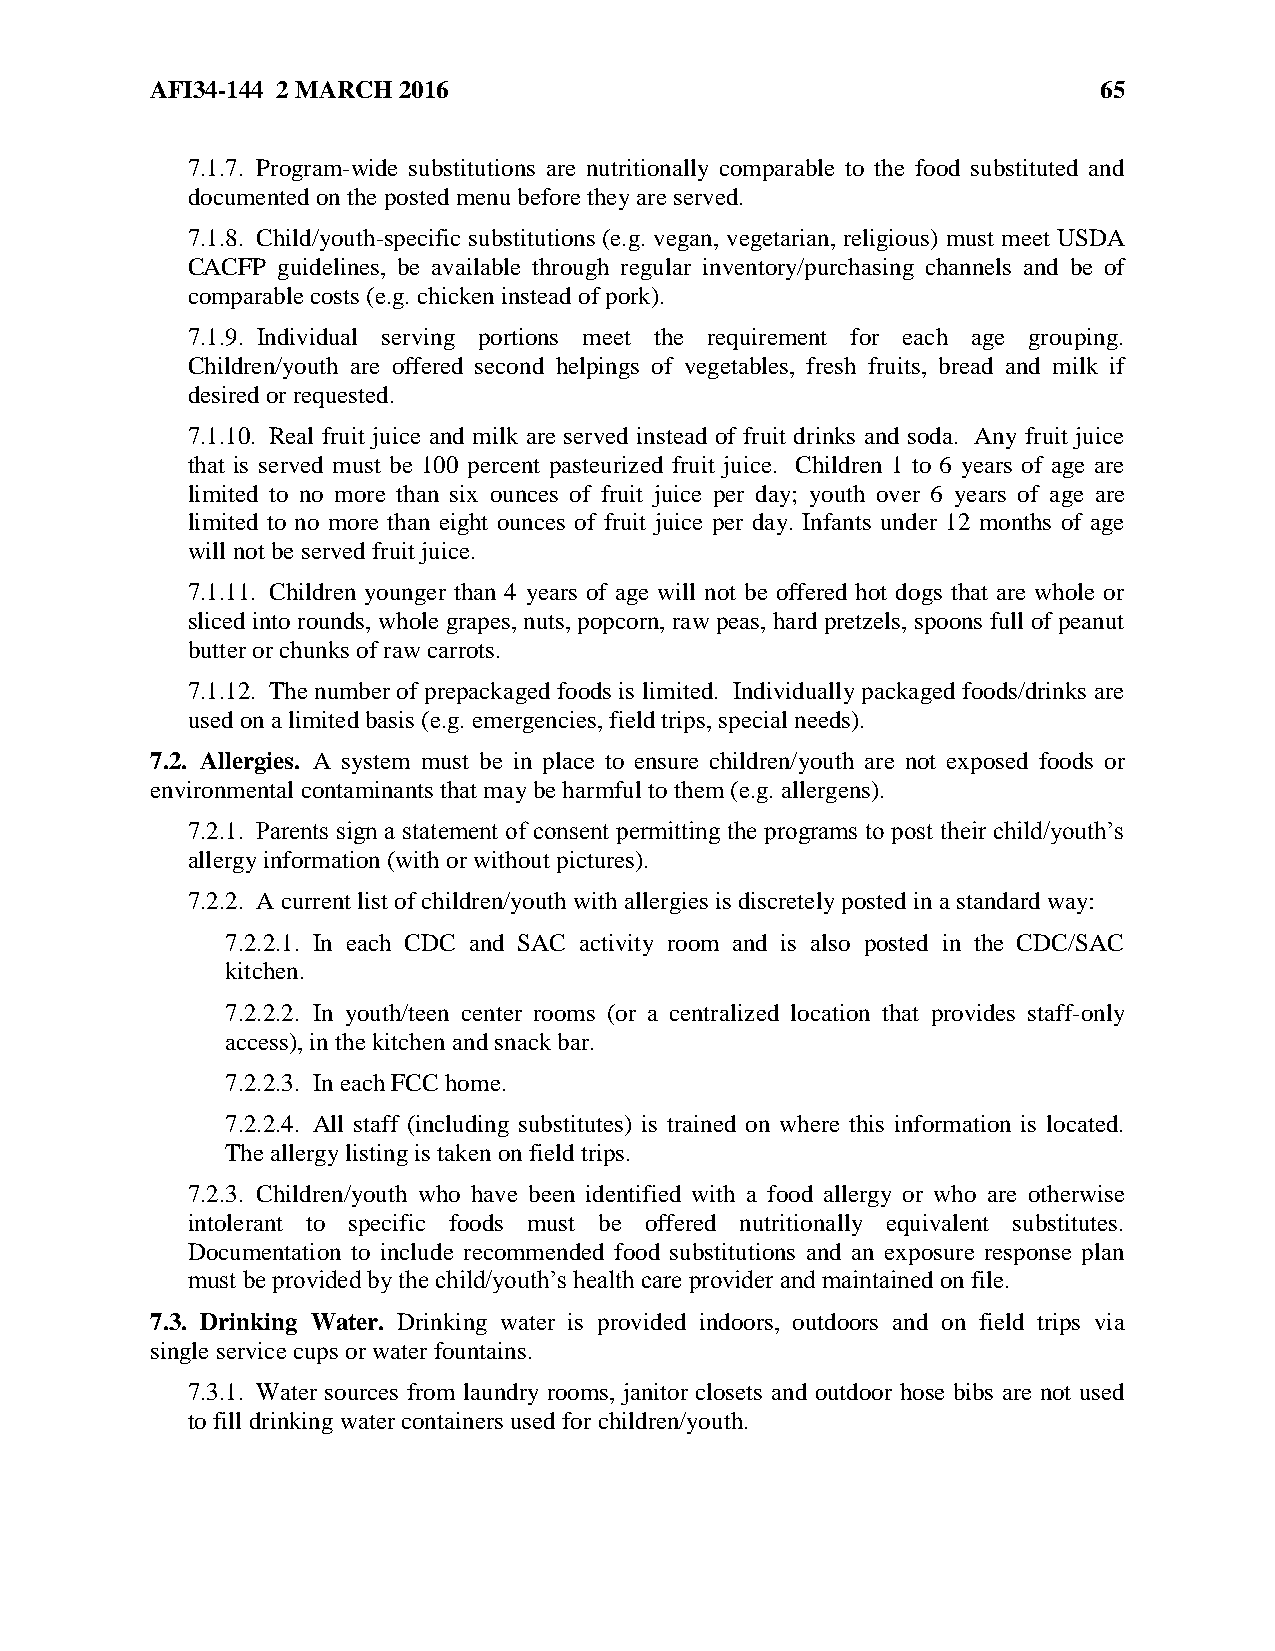
AFI34-144 2 MARCH 2016                                         65
 7.1.7. Program-wide substitutions are nutritionally comparable to the food substituted and
 documented on the posted menu before they are served.
 7.1.8. Child/youth-specific substitutions (e.g. vegan, vegetarian, religious) must meet USDA
 CACFP guidelines, be available through regular inventory/purchasing channels and be of
 comparable costs (e.g. chicken instead of pork).
 7.1.9. Individual serving portions meet the requirement for each age grouping.
 Children/youth are offered second helpings of vegetables, fresh fruits, bread and milk if
 desired or requested.
 7.1.10. Real fruit juice and milk are served instead of fruit drinks and soda. Any fruit juice
 that is served must be 100 percent pasteurized fruit juice. Children 1 to 6 years of age are
 limited to no more than six ounces of fruit juice per day; youth over 6 years of age are
 limited to no more than eight ounces of fruit juice per day. Infants under 12 months of age
 will not be served fruit juice.
 7.1.11. Children younger than 4 years of age will not be offered hot dogs that are whole or
 sliced into rounds, whole grapes, nuts, popcorn, raw peas, hard pretzels, spoons full of peanut
 butter or chunks of raw carrots.
 7.1.12. The number of prepackaged foods is limited. Individually packaged foods/drinks are
 used on a limited basis (e.g. emergencies, field trips, special needs).
 7.2. Allergies. A system must be in place to ensure children/youth are not exposed foods or
 environmental contaminants that may be harmful to them (e.g. allergens).
 7.2.1. Parents sign a statement of consent permitting the programs to post their child/youth’s
 allergy information (with or without pictures).
 7.2.2. A current list of children/youth with allergies is discretely posted in a standard way:
 7.2.2.1. In each CDC and SAC activity room and is also posted in the CDC/SAC
 kitchen.
 7.2.2.2. In youth/teen center rooms (or a centralized location that provides staff-only
 access), in the kitchen and snack bar.
 7.2.2.3. In each FCC home.
 7.2.2.4. All staff (including substitutes) is trained on where this information is located.
 The allergy listing is taken on field trips.
 7.2.3. Children/youth who have been identified with a food allergy or who are otherwise
 intolerant to specific foods must be offered nutritionally equivalent substitutes.
 Documentation to include recommended food substitutions and an exposure response plan
 must be provided by the child/youth’s health care provider and maintained on file.
 7.3. Drinking Water. Drinking water is provided indoors, outdoors and on field trips via
 single service cups or water fountains.
 7.3.1. Water sources from laundry rooms, janitor closets and outdoor hose bibs are not used
 to fill drinking water containers used for children/youth.